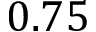
0 . 7 5